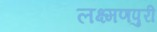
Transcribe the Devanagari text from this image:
लक्ष्मणपुरी